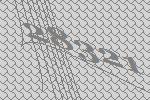
28321